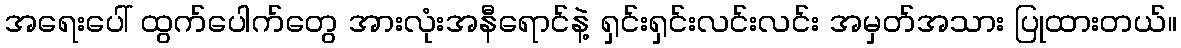
အရေးပေါ် ထွက်ပေါက်တွေ အားလုံးအနီရောင်နဲ့ ရှင်းရှင်းလင်းလင်း အမှတ်အသား ပြုထားတယ်။